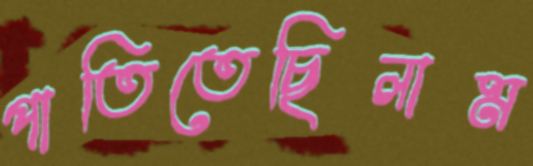
পাতিতেছিলাম